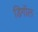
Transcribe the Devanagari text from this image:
डिगॉल